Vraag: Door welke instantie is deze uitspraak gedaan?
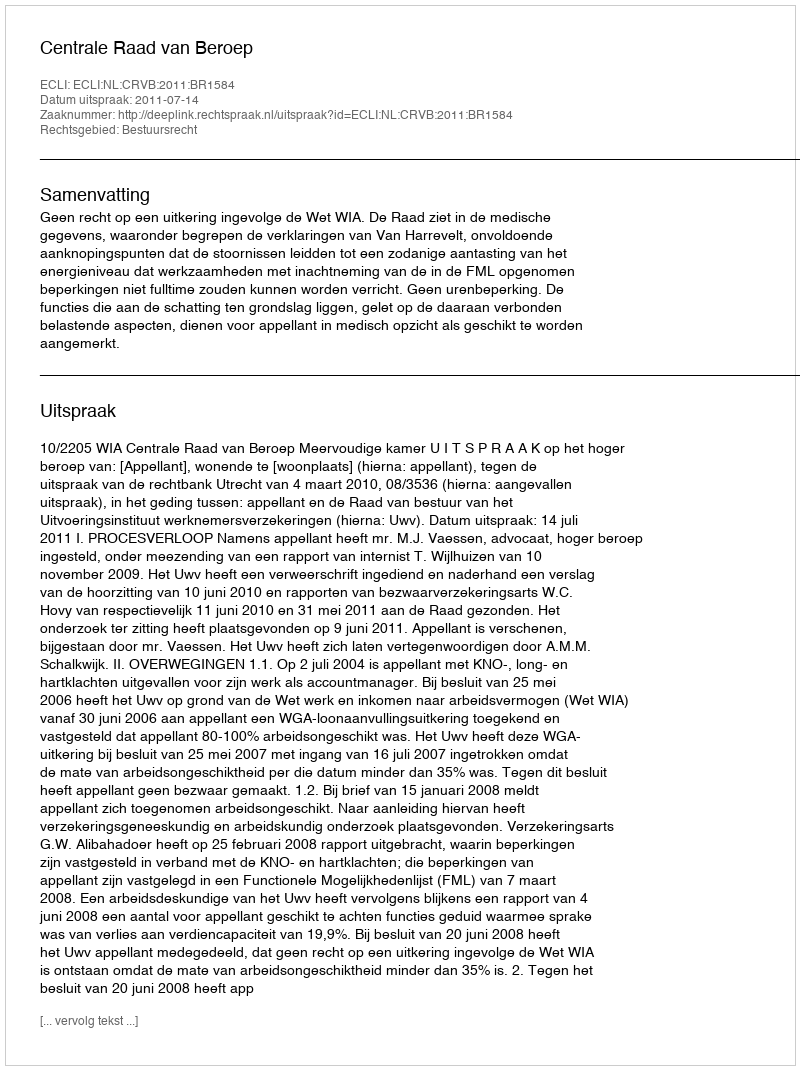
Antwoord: Centrale Raad van Beroep